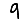
Digit: 9